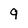
Character: 9